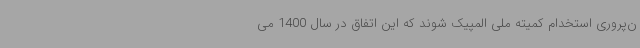
ن‌پروری استخدام کمیته ملی المپیک شوند که این اتفاق در سال 1400 می